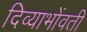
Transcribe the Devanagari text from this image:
दिव्याभोंवती